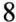
8